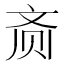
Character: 𬹳